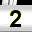
Digit: 2